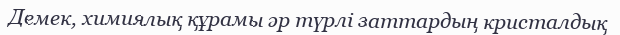
Демек, химиялық құрамы әр түрлі заттардың кристалдық